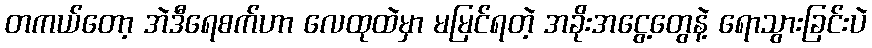
တကယ်တော့ အဲဒီရေစက်ဟာ လေထုထဲမှာ မမြင်ရတဲ့ အခိုးအငွေ့တွေနဲ့ ရောသွားခြင်းပဲ